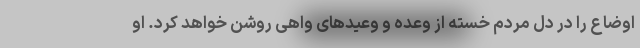
اوضاع را در دل مردم خسته از وعده و وعیدهای واهی روشن خواهد کرد. او